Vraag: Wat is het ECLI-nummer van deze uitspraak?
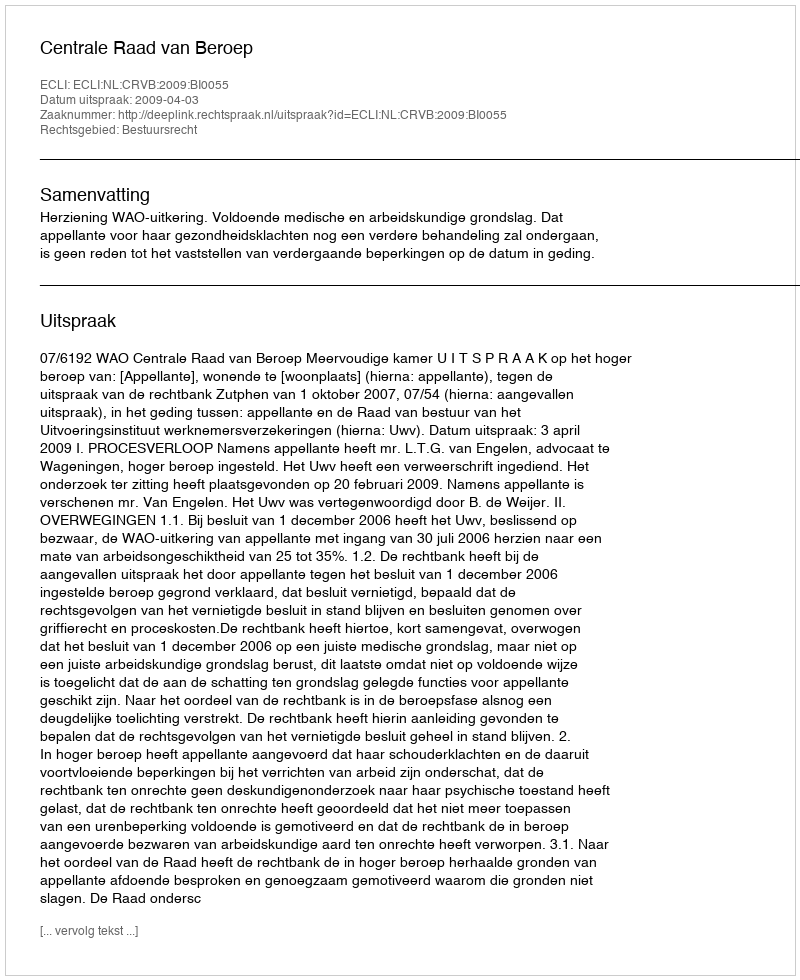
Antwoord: ECLI:NL:CRVB:2009:BI0055